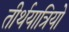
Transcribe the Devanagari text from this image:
तीर्थयात्रियो